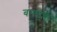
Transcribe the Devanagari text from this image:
बालार्क